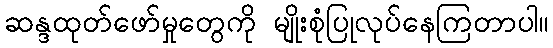
ဆန္ဒထုတ်ဖော်မှုတွေကို မျိုးစုံပြုလုပ်နေကြတာပါ။